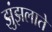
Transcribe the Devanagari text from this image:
झुंझलाते